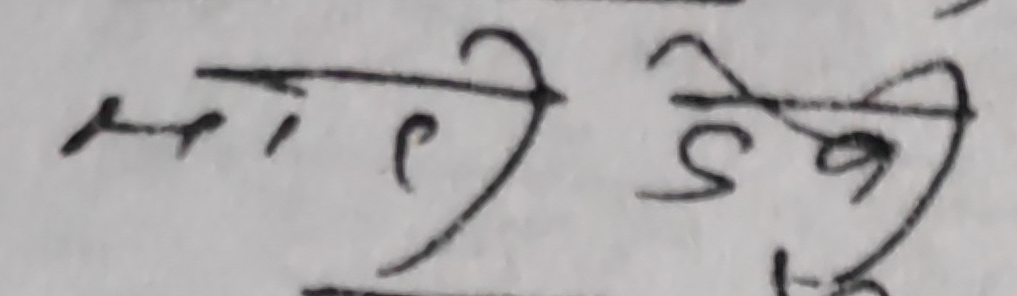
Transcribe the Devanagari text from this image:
मारी देवी